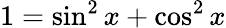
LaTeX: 1=\sin^{2}x+\cos^{2}x